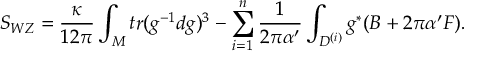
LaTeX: S _ { W Z } = \frac { \kappa } { 1 2 \pi } \int _ { M } t r ( g ^ { - 1 } d g ) ^ { 3 } - \sum _ { i = 1 } ^ { n } \frac { 1 } { 2 \pi \alpha ^ { \prime } } \int _ { D ^ { ( i ) } } g ^ { * } ( B + 2 \pi \alpha ^ { \prime } F ) .